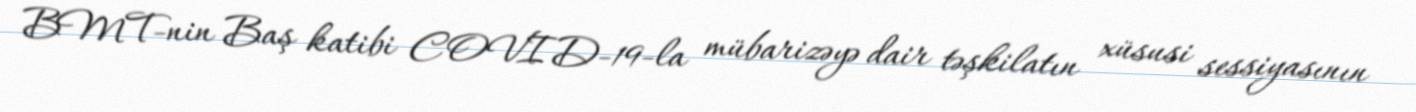
BMT-nin Baş katibi COVID-19-la mübarizəyə dair təşkilatın xüsusi sessiyasının